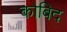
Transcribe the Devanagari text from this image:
कोबिद